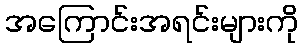
အကြောင်းအရင်းများကို